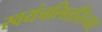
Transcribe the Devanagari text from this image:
स्वयंचलितरित्या